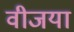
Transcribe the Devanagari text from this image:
वीजया